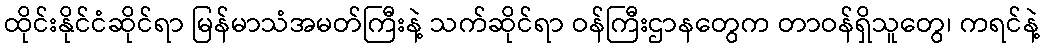
ထိုင်းနိုင်ငံဆိုင်ရာ မြန်မာသံအမတ်ကြီးနဲ့ သက်ဆိုင်ရာ ဝန်ကြီးဌာနတွေက တာဝန်ရှိသူတွေ၊ ကရင်နဲ့